Mustjala_vallavalitsus, lk 8
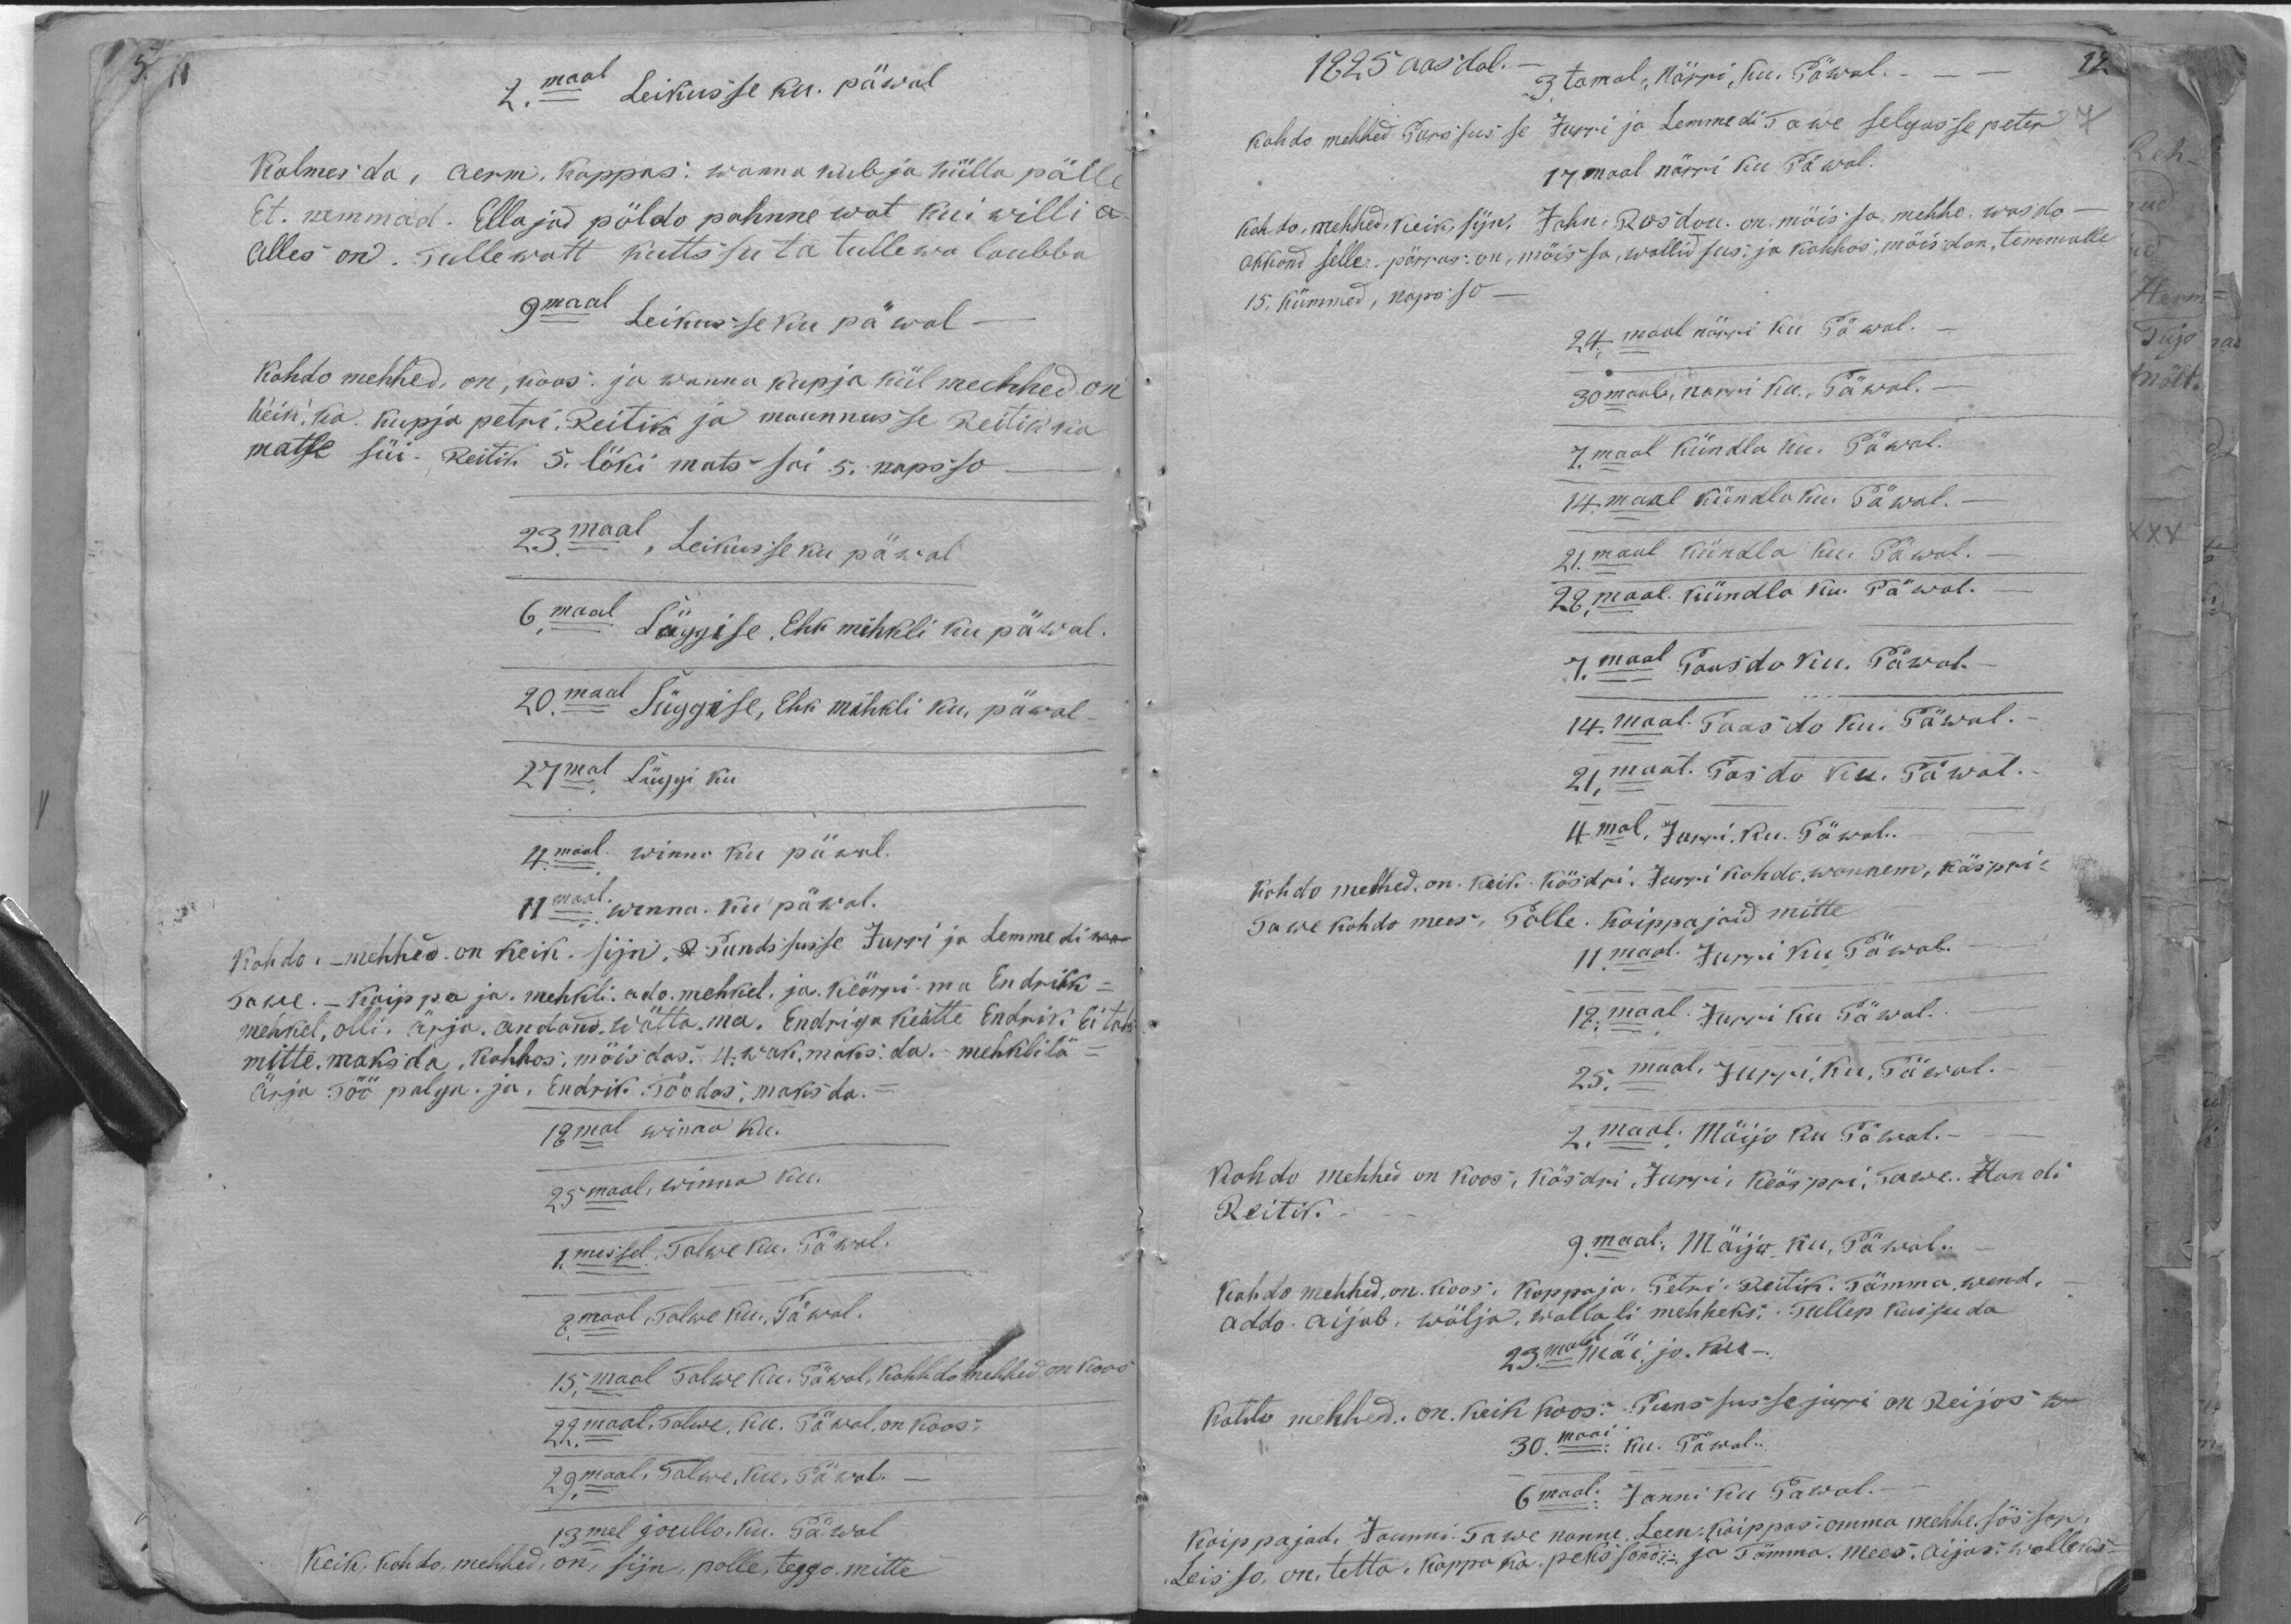
2. maal Leikusse ku. päwal
Kalmesda, aerm. Kappas: wanna kubja külla päll.
Et. nemmad. Ellajad pöldo pahnne wat kui willi
Alles on. Tullewatt kuttssu ta tullewa laubba
9maal Leikusseku päwal -
Kohto mehhed, on, koos: ja wanna kapja kül mechhed on
Keik, ka. kupja petri. Reitik ja maunusse Reitik ka
matse süi. Reitik 5. löki mats sai 5. napsso
23. maal, Leikusse ku päwal
6, maal Süggise, Ehk mihkli ku päwal.
20. maal Süggise, Ehk mihkli ku. päwal-
27mal Süggi ku
4.maal winna ku päewal.
11maal: winna. ku päwal.
kohto. - mehhed on keik sijn  Pundssusse Jurri ja Lemmedi
Tawe. - Kaippaja mehkli, ado mehkel, ja keärri ma Endrikk
mehkel, olli, ärja, andand wötta. ma." Endrigu Keätte Endrik. Ei tah
mitte maksda, kohhos, mõisdas. 4. Wak. maks da.- mehklilä-
ärja Töö palga. ja, Endrik Töödas, maksda.
18mal winna ka.
25maal, winna ku.
1. messel Talwe ku. Päwal.
8. maal "Talwe ku-, Päwal.
15. maal Talwe ku. Päwal, Kohhdo mehhed on koos
22. maal. Talwe, ku. Päwal, on koos-
29.maal Talwe, ku, Päwal.
13mel joullo, ku. Päwal
Keik, kohto, mehhed on, sijn, polle, teggo. mitte

1825 aasdal.
3.tamal, Närri, Ku. Päwal.
kohdo mehhed Punssusse Jurri ja Lemmedi Tawe selgusse peter
17 maal närri ku Päwal.
kohdo mehhed, keik. sijn. Jahn Rosdon. on moissa mehhe wasdo-
akkand selle: pärras on, möissa, wallidsus, ja kohhos, möisdan, temmalle
15. kümmed napsso -
24 mail närri ku Päwal.
30maal, narri ku. Päwal.
7. maal kündla ku. Päwal.
14. maal kündla ku. Päwal.
21. maal kündla Kui Päwal.
28 maal. Kündla ku. Päewal.
7. maal Paasdo kui. Päwal.
14. maal. Taas do ku. Täwal.
21 maal. Paasdo Ku. Päwal.
4mal, Jurri ku. Päwal.
Kohdo mehed. on. Keik. Kösdri, Jurri Kohdo, wannem, käspri-
Tawe kohto mees. Polle. Kaippajaid mitte
11 maal. Jurri Ku Päwal
19. maal. Jurri ku Päwal.
25. maal, Jurri, ku. Päwal.
2. maal; Mäijo ku Tõwal.-
Kohdo mehhed on koos, Kõidri, Jürri, Köspri, Sawe. Hendi
Reitik.
9 maal: Mäijo, ku, Päwal.
Kohdo mehhed, on. Koos: Kappaja. Petri: Reitik. Tämna, wend,
Addo Aijab. Wälja, wallali mehheks. Tullep kussuda
23. maal mäi jo ku
Kohto mehhed. on. keik koos: Punssusse jurri on Reijos
30 maai: ku. Päwal.
6maal. Janni ku Pawal.
Kaippajad Jaunni. Tawe nanne Leen kaippas omma mehhe sössar
Leisso on, tetta, kappaka, pekssand: ja Tämma Mees. Aijas. Walleks